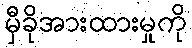
မှီခိုအားထားမှုကို